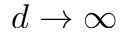
d \rightarrow \infty